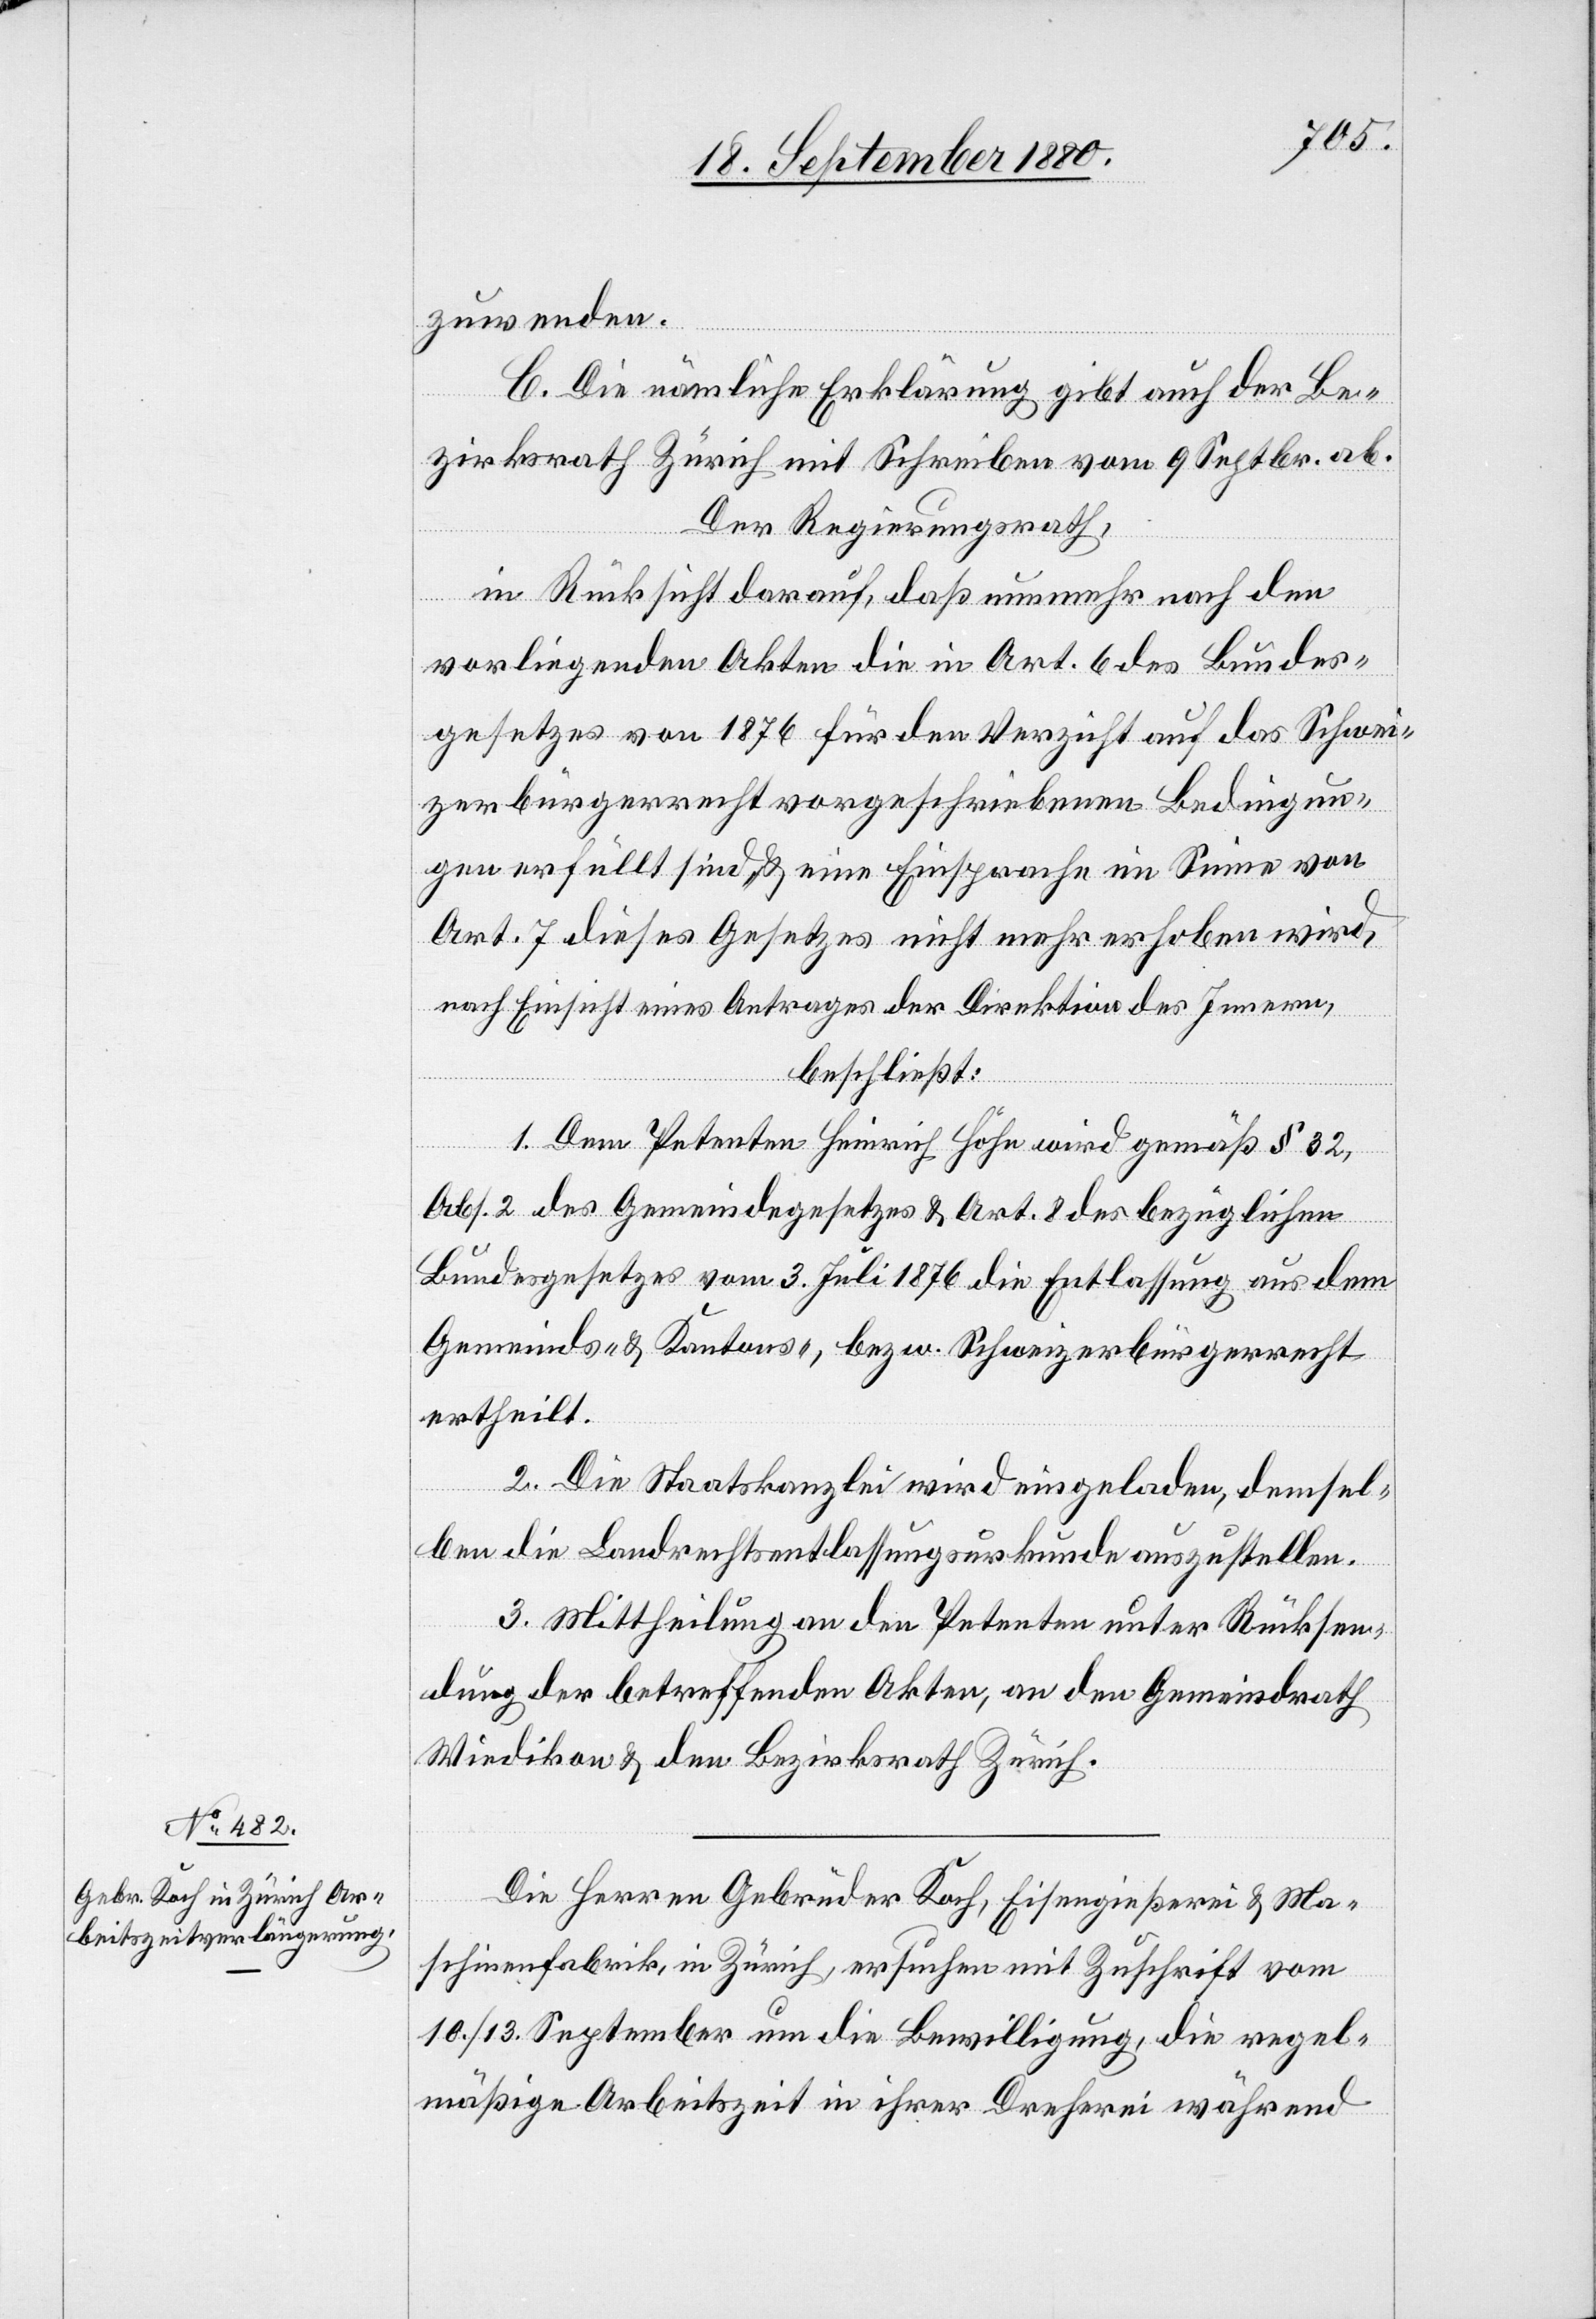
zuwenden.
C. Die nämliche Erklärung gibt auch der Be¬
zirksrath Zürich mit Schreiben vom 9. Septbr. ab.
Der Regierungsrath,
in Rücksicht darauf, daß nunmehr nach den
vorliegenden Akten die in Art. 6 des Bundes¬
gesetzes von 1876 für den Verzicht auf das Schwei¬
zerbürgerrecht vorgeschriebenen Bedingun¬
gen erfüllt sind & eine Einsprache im Sinne von
Art. 7 dieses Gesetzes nicht mehr erhoben wird,
nach Einsicht eines Antrages der Direktion des Innern,
beschließt:
1. Dem Petenten Heinrich Höhe wird gemäß § 32,
Abs. 2 des Gemeindegesetzes & Art. 8 des bezüglichen
Bundesgesetzes vom 3. Juli 1876 die Entlassung aus dem
Gemeinds- & Kantons-, bezw. Schweizerbürgerrecht
ertheilt.
2. Die Staatskanzlei wird eingeladen, demsel¬
ben die Landrechtsentlassungsurkunde auszustellen.
3. Mittheilung an den Petenten unter Rücksen¬
dung der betreffenden Akten, an den Gemeindrath
Wiedikon & den Bezirksrath Zürich.
Die Herren Gebrüder Koch, Eisengießerei & Ma¬
schinenfabrik in Zürich, ersuchen mit Zuschrift vom
10./13. September um die Bewilligung, die regel¬
mäßige Arbeitszeit in ihrer Dreherei während